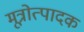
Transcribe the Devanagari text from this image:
मूत्रोत्पादक